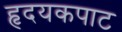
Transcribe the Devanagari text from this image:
हृदयकपाट